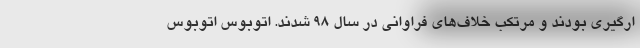
ارگیری بودند و مرتکب خلاف‌های فراوانی در سال ۹۸ شدند. اتوبوس اتوبوس